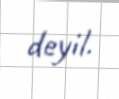
deyil.